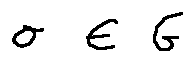
\sigma \in G